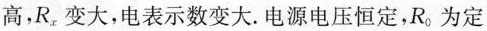
高，R_{x}变大，电表示数变大。电源电压恒定，R_{0}为定